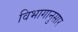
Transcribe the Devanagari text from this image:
विभागानुसार